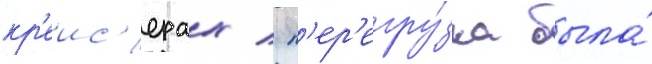
кр'еис'ерах / п'ер'егру́зка была́